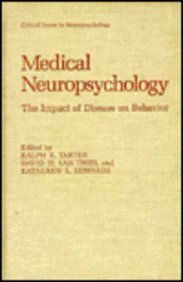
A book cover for Medical Neuropsychology: The Impact of Disease on Behavior (Critical Issues in Neuropsychology); Medical Books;